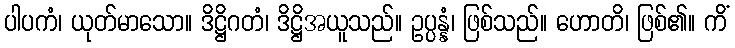
ပါပကံ၊ ယုတ်မာသော။ ဒိဋ္ဌိဂတံ၊ ဒိဋ္ဌိအယူသည်။ ဥပ္ပန္နံ၊ ဖြစ်သည်။ ဟောတိ၊ ဖြစ်၏။ ကိံ